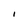
Character: I